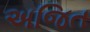
અજિત